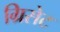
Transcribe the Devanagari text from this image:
ग्रिसेट